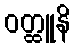
ဝတ္ထူနိ